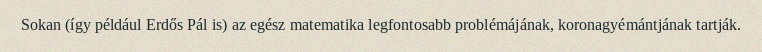
Sokan (így például Erdős Pál is) az egész matematika legfontosabb problémájának, koronagyémántjának tartják.